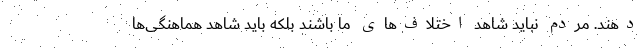
دهند. مردم نباید شاهد اختلاف‌های ما باشند بلکه باید شاهد هماهنگی‌ها